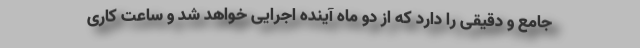
جامع و دقیقی را دارد که از دو ماه آینده اجرایی خواهد شد و ساعت کاری